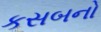
કસબનો